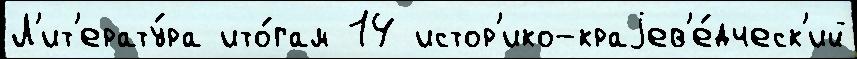
Л'ит'ерату́ра ито́гам 14 истор'ико-краjев'е́дческ'ий